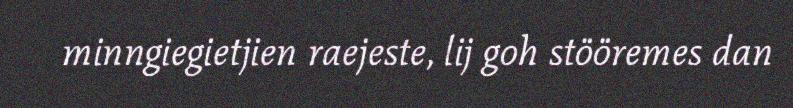
minngiegietjien raejeste, lij goh stööremes dan